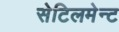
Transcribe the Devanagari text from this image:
सेटिलमेन्ट